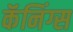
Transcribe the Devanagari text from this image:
कॅनिंग्स